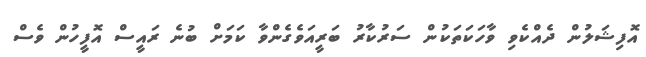
އޮފިޝަލުން ދެއްކެވި ވާހަކަތަކުން ސަރުކާރު ބަރީއަވެގެންވާ ކަމަށް ބުނެ ރައީސް އޮފީހުން ވެސް